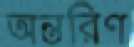
অন্তরিণ